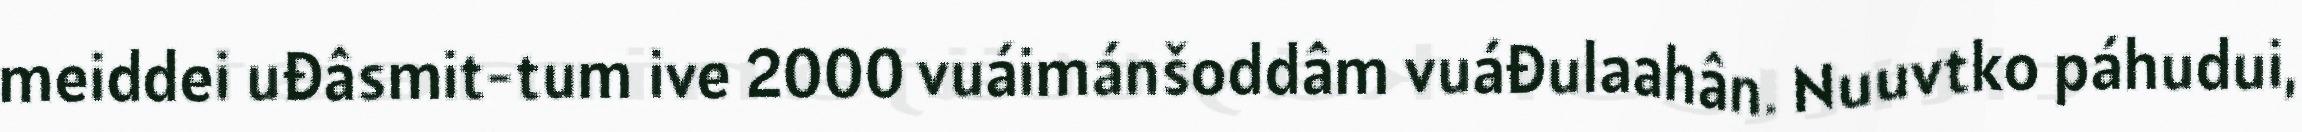
meiddei uđâsmit-tum ive 2000 vuáimánšoddâm vuáđulaahân. Nuuvtko páhudui,